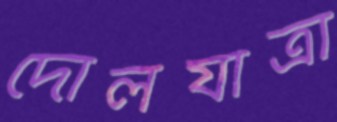
দোলযাত্রা